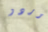
بوردو